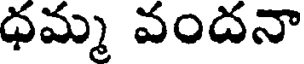
ధమ్మ వందనా